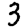
Digit: 3